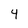
Character: 4